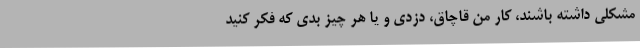
مشکلی داشته باشند، کار من قاچاق، دزدی و یا هر چیز بدی که فکر کنید